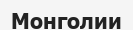
Монголии